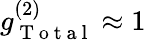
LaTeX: g_{\mathrm{~T~o~t~a~l~}}^{(2)}\approx 1